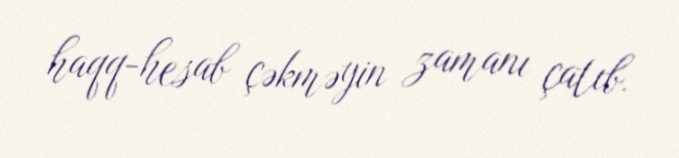
haqq-hesab çəkməyin zamanı çatıb.